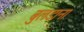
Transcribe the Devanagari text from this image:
बुलडाना